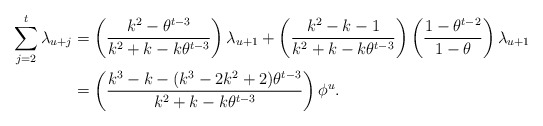
\begin{align*}\sum_{j=2}^t\lambda_{u+j}&=\left(\frac{k^2-\theta^{t-3}}{k^2+k-k\theta^{t-3}}\right)\lambda_{u+1}+\left(\frac {k^2-k-1}{k^2+k-k\theta^{t-3}}\right)\left( \frac{1-\theta^{t-2}}{1-\theta}\right)\lambda_{u+1}\\&=\left( \frac{k^3-k-(k^3-2k^2+2)\theta^{t-3}}{k^2+k-k\theta^{t-3}}\right) \phi^u.\end{align*}